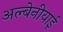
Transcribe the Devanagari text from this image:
अल्बेनीयाई